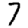
Digit: 7